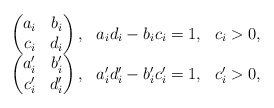
\begin{align*}\begin{array}{lll}\begin{pmatrix}a_i&b_i\\c_i&d_i\end{pmatrix},&a_i d_i-b_i c_i=1,&c_i>0,\\\begin{pmatrix}a'_i&b'_i\\c'_i&d'_i\end{pmatrix},&a'_i d'_i-b'_i c'_i=1,&c'_i>0,\end{array}\end{align*}